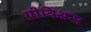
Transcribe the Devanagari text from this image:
प्रीविअस